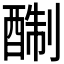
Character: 𨡘